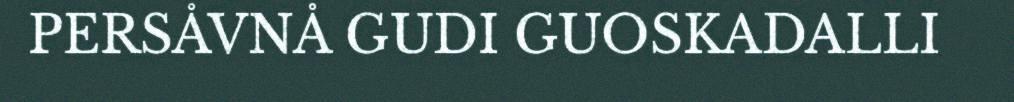
PERSÅVNÅ GUDI GUOSKADALLI